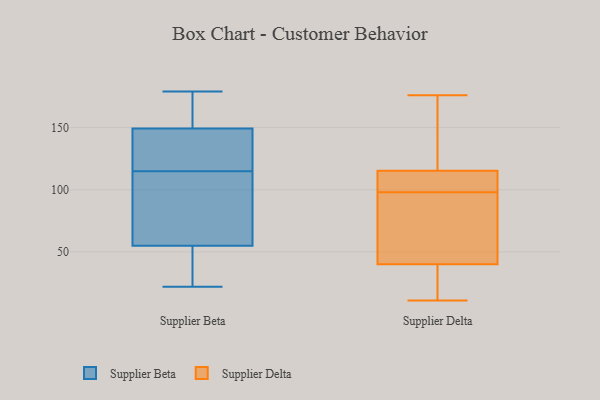
{"axis": {"x": "Churn Rate (%)", "y": "Value"}, "legend": ["Supplier Beta", "Supplier Delta"], "data": [{"x": "", "y": 115, "type": "Supplier Beta"}, {"x": "", "y": 22, "type": "Supplier Beta"}, {"x": "", "y": 170, "type": "Supplier Beta"}, {"x": "", "y": 124, "type": "Supplier Beta"}, {"x": "", "y": 152, "type": "Supplier Beta"}, {"x": "", "y": 154, "type": "Supplier Beta"}, {"x": "", "y": 179, "type": "Supplier Beta"}, {"x": "", "y": 141, "type": "Supplier Beta"}, {"x": "", "y": 112, "type": "Supplier Beta"}, {"x": "", "y": 49, "type": "Supplier Beta"}, {"x": "", "y": 47, "type": "Supplier Beta"}, {"x": "", "y": 45, "type": "Supplier Beta"}, {"x": "", "y": 116, "type": "Supplier Beta"}, {"x": "", "y": 131, "type": "Supplier Beta"}, {"x": "", "y": 176, "type": "Supplier Beta"}, {"x": "", "y": 48, "type": "Supplier Beta"}, {"x": "", "y": 88, "type": "Supplier Beta"}, {"x": "", "y": 73, "type": "Supplier Beta"}, {"x": "", "y": 108, "type": "Supplier Beta"}, {"x": "", "y": 116, "type": "Supplier Delta"}, {"x": "", "y": 109, "type": "Supplier Delta"}, {"x": "", "y": 98, "type": "Supplier Delta"}, {"x": "", "y": 18, "type": "Supplier Delta"}, {"x": "", "y": 45, "type": "Supplier Delta"}, {"x": "", "y": 115, "type": "Supplier Delta"}, {"x": "", "y": 137, "type": "Supplier Delta"}, {"x": "", "y": 69, "type": "Supplier Delta"}, {"x": "", "y": 66, "type": "Supplier Delta"}, {"x": "", "y": 104, "type": "Supplier Delta"}, {"x": "", "y": 11, "type": "Supplier Delta"}, {"x": "", "y": 176, "type": "Supplier Delta"}, {"x": "", "y": 25, "type": "Supplier Delta"}]}